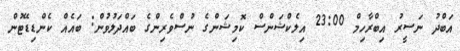
އަބްދު ނަސީރު އިބްރާހިމް 23:00 އިލެކްޝަންސް ކޮމިޝަންގެ ނުސްވެރިންގެ ބައްދަލުވުން: ބައެއް ކެންޑިޑޭޓުން